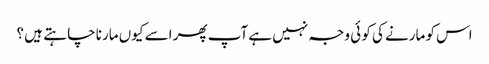
اس کو مارنے کی کو ئی وجہ نہیں ہے آپ پھر اسے کیوں مارنا چا ہتے ہیں ؟